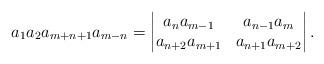
LaTeX: \begin{align*} a_1a_2a_{m+n+1}a_{m-n}=\left|\begin{matrix}a_na_{m-1} & a_{n-1}a_{m} \\a_{n+2}a_{m+1} & a_{n+1}a_{m+2}\end{matrix}\right| .\end{align*}